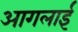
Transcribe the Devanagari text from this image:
आगलाई